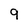
Character: 9